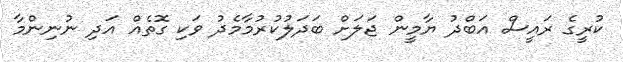
ކުރީގެ ރައީސް އަބްދު ޔާމީން ޖަލަށް ބަދަލުކުރުމާމެދު ވަކި ގޮތެއް އަދި ނުނިންމާ